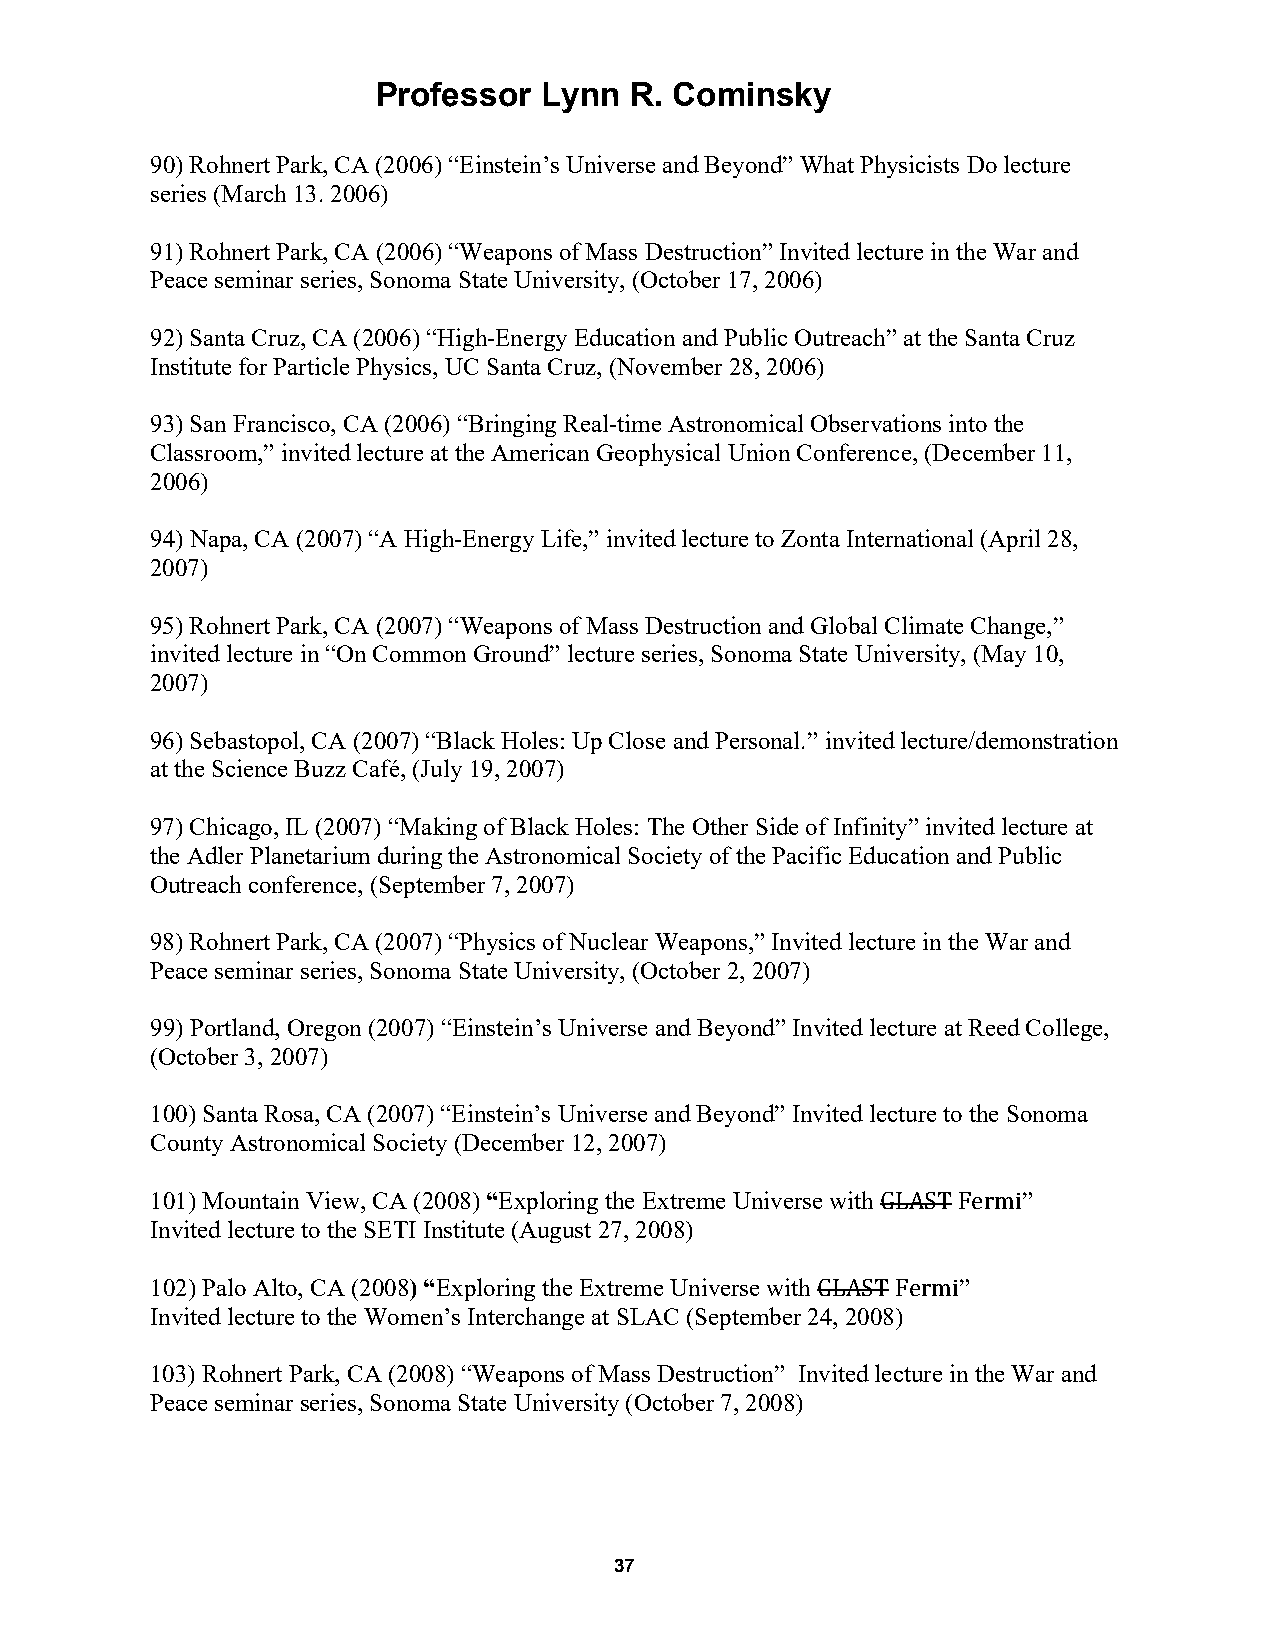
Professor  Lynn  R. Cominsky
 90) Rohnert Park, CA (2006) “Einstein’s Universe and Beyond” What Physicists Do lecture
 series (March 13. 2006)
 91) Rohnert Park, CA (2006) “Weapons of Mass Destruction” Invited lecture in the War and
 Peace seminar series, Sonoma State University, (October 17, 2006)
 92) Santa Cruz, CA (2006) “High-Energy Education and Public Outreach” at the Santa Cruz
 Institute for Particle Physics, UC Santa Cruz, (November 28, 2006)
 93) San Francisco, CA (2006) “Bringing Real-time Astronomical Observations into the
 Classroom,” invited lecture at the American Geophysical Union Conference, (December 11,
 2006)
 94) Napa, CA (2007) “A High-Energy Life,” invited lecture to Zonta International (April 28,
 2007)
 95) Rohnert Park, CA (2007) “Weapons of Mass Destruction and Global Climate Change,”
 invited lecture in “On Common Ground” lecture series, Sonoma State University, (May 10,
 2007)
 96) Sebastopol, CA (2007) “Black Holes: Up Close and Personal.” invited lecture/demonstration
 at the Science Buzz Café, (July 19, 2007)
 97) Chicago, IL (2007) “Making of Black Holes: The Other Side of Infinity” invited lecture at
 the Adler Planetarium during the Astronomical Society of the Pacific Education and Public
 Outreach conference, (September 7, 2007)
 98) Rohnert Park, CA (2007) “Physics of Nuclear Weapons,” Invited lecture in the War and
 Peace seminar series, Sonoma State University, (October 2, 2007)
 99) Portland, Oregon (2007) “Einstein’s Universe and Beyond” Invited lecture at Reed College,
 (October 3, 2007)
 100) Santa Rosa, CA (2007) “Einstein’s Universe and Beyond” Invited lecture to the Sonoma
 County Astronomical Society (December 12, 2007)
 101) Mountain View, CA (2008) “Exploring the Extreme Universe with ”
 Invited lecture to the SETI Institute (August 27, 2008)
 GLASTFermi
 102) Palo Alto, CA (2008) “Exploring the Extreme Universe with ”
 Invited lecture to the Women’s Interchange at SLAC (September 24, 2008)
 GLAST Fermi
 103) Rohnert Park, CA (2008) “Weapons of Mass Destruction” Invited lecture in the War and
 Peace seminar series, Sonoma State University (October 7, 2008)
 37